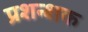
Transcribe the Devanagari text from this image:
प्रशन्शक